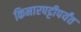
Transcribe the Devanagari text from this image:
किनारपट्टीपर्यंत